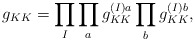
\begin{align*} g_{KK}=\prod_I\prod_a g_{KK}^{(I)a} \prod_b g_{KK}^{(I)b},\end{align*}